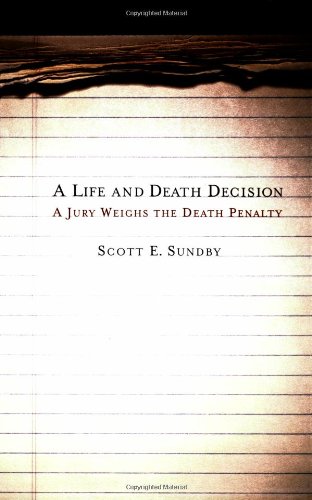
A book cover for A Life and Death Decision: A Jury Weighs the Death Penalty; Scott E. Sundby; Law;